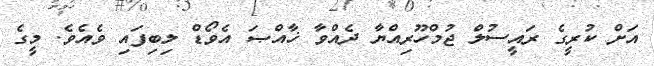
އަށް ކުރީގެ ރައީސުލް ޖުމްހޫރިއްޔާ ދެއްވާ ޚާއްޞަ އެވޯޑް ލިބިފައި ވެއެވެ. މީގެ